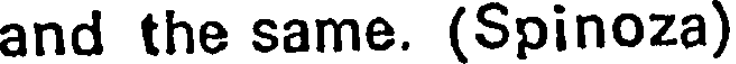
and the same. (Spinoza)